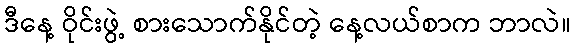
ဒီနေ့ ဝိုင်းဖွဲ့ စားသောက်နိုင်တဲ့ နေ့လယ်စာက ဘာလဲ။